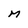
Character: M